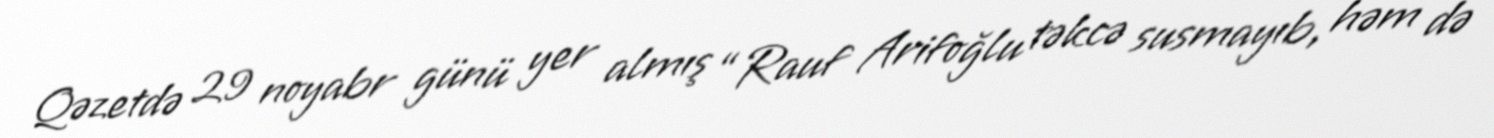
Qəzetdə 29 noyabr günü yer almış “Rauf Arifoğlu təkcə susmayıb, həm də